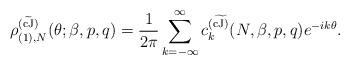
LaTeX: \begin{align*} \rho_{(1),N}^{(\widetilde{\rm cJ})}(\theta;\beta,p,q) = {1 \over 2 \pi} \sum_{k = - \infty}^\infty c_k^{(\widetilde{\rm cJ)}}(N,\beta,p,q) e^{-i k \theta}.\end{align*}